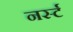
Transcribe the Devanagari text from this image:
नर्स्ट